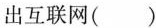
出互联网( )